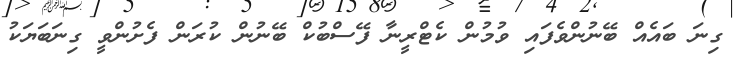
ގިނަ ބައެއް ބޭނުންވެފައި ވުމުން ކެޓްރީނާ ފޭސްބުކް ބޭނުން ކުރަން ފެށުންވީ ގިނަބަޔަކު